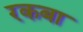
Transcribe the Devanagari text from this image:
रकबा